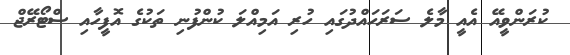
ކުރަންވީއޭ އެއީ މާލެ ސަރަހައްދުގައި ހުރި އަމިއްލަ ކުންފުނި ތަކުގެ އޮފީހާއި ސްޓޯރޭޖް